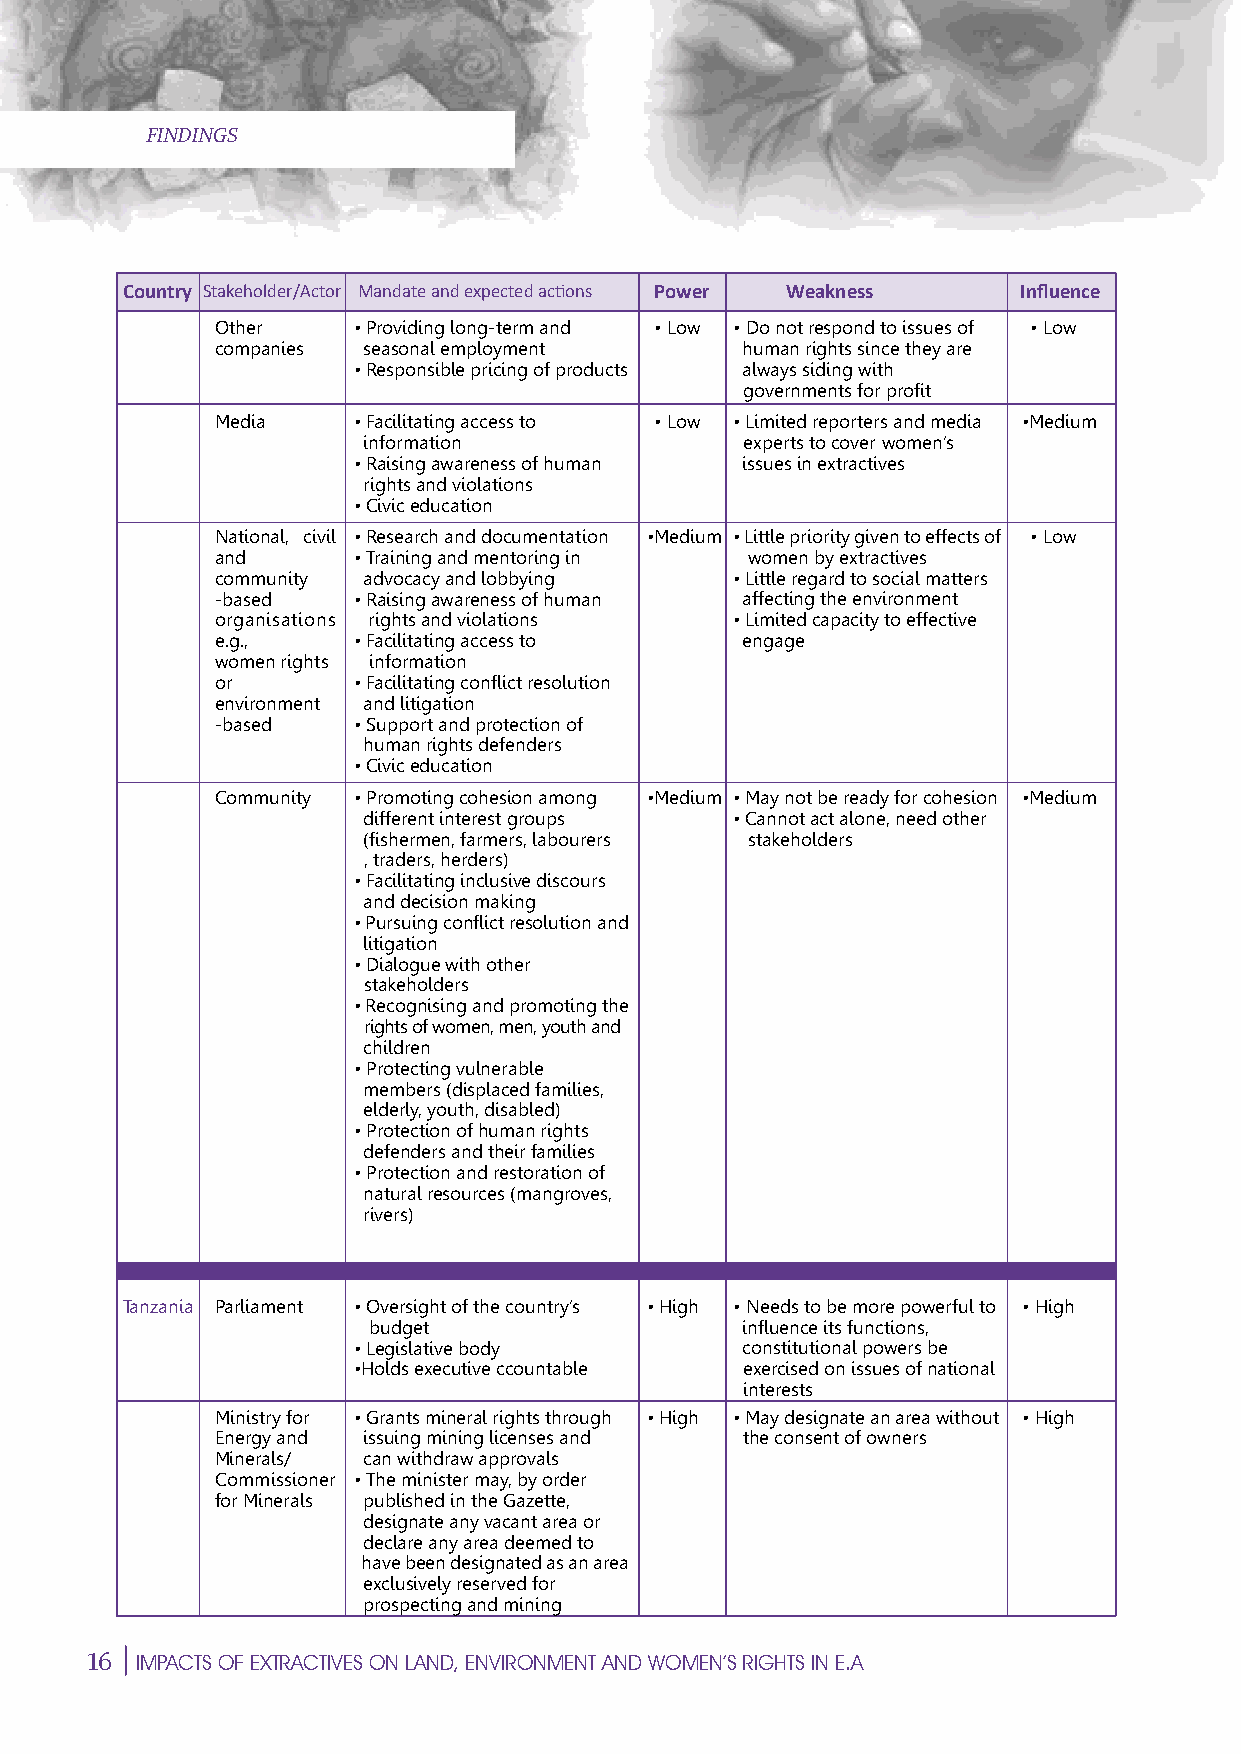
FINDINGS                                       N
 Country Stakeholder/Actor Mandate and expected actions Power Weakness Influence
 S
 E
 Other    • Providing long-term and • Low • Do not respond to issues of • Low
 companies seasonal employment      human rights since they are
 • Responsible pricing of products always siding with
 governments for profit
 Media    • Facilitating access to • Low • Limited reporters and media •Medium
 information              experts to cover women’s
 P
 • Raising awareness of human issues in extractives
 rights and violations M
 • Civic education
 National, civil • Research and documentation •Medium • Little priority given to effects of • Low
 and      • Training and mentoring in women by extractives
 community advocacy and lobbying    • Little regard to social matters
 -based   • Raising awareness of human affecting the environment                      E
 organisations rights and violations • Limited capacity to effective
 e.g.,    • Facilitating access to  engage
 women rights information
 or       • Facilitating conflict resEolution
 environment and litigation
 -based   • Support and protection of
 human rights defenders                                                            C
 • Civic education
 Community • Promoting cohesion among •Medium • May not be ready for cohesion •Medium
 different interest groups • Cannot act alone, need other
 (fishermen, farmers, labourers stakeholders
 I                                                                                   I
 , traders, herders)
 • Facilitating inclusive discours
 and decision making
 • Pursuing conflict resolution and
 C
 litigation
 • Dialogue with other
 stakeholders
 E
 • Recognising and promoting the
 rights of women, men, youth and
 children
 • Protecting vulnerable
 members (displaced families,
 E   elderly, youth, disabled)
 • Protection of human rights
 defenders and their families                                                                        M
 • Protection and restoration of
 natural resources (mangroves,
 rivers)
 P
 Tanzania Parliament • Oversight of the country’s • High • Needs to be more powerful to • High
 budget                   influence its functions,
 • Legislative body        constitutional powers be                                                             E
 •Holds executive ccountable exercised on issues of national
 interests
 Ministry for • Grants mineral rights through • High • May designate an area without • High
 S
 Energy and issuing mining licenses and the consent of owners
 Minerals/ can withdraw approvals
 Commissioner • The minister may, by order
 N
 for Minerals published in the Gazette,
 designate any vacant area or
 declare any area deemed to
 have been designated as an area
 exclusively reserved for
 prospecting and mining
 16
 IMPACTS OF EXTRACTIVES ON LAND, ENVIRONMENT AND WOMEN’S RIGHTS IN E.A